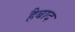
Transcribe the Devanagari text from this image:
हैबाद